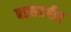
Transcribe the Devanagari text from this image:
बडबडगीत